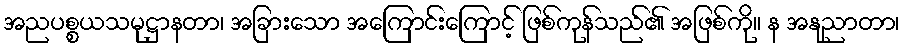
အညပစ္စယသမုဋ္ဌာနတာ၊ အခြားသော အကြောင်းကြောင့် ဖြစ်ကုန်သည်၏ အဖြစ်ကို။ န အနုညာတာ၊